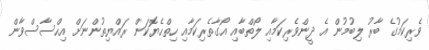
ވެރިކަމުގެ ބާރު ލިބުމުން އެ ދީންވެރިކަމާއި ލޯތްބާއި އޯގާތެރިކަމާއި ހިތްހެޔޮކަން ރައްޔިތުންނަށް އިހްސާސްވާން